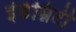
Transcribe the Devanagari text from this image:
इंडेम्निटी